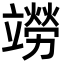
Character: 𫁭